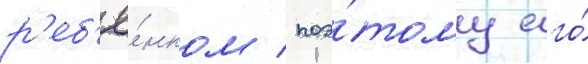
р'еб'ё́нком / поэ́тому его́